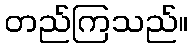
တည်ကြသည်။